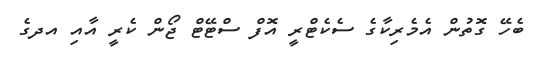
ބެހޭ ގޮތުން އެމެރިކާގެ ސެކެޓްރީ އޮފް ސްޓޭޓް ޖޯން ކެރީ އާއި އދގެ